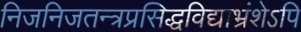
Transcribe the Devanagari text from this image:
निजनिजतन्त्रप्रसिद्धविद्याभ्रंशेऽपि